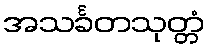
အသင်္ခတသုတ္တံ